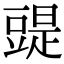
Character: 䜻